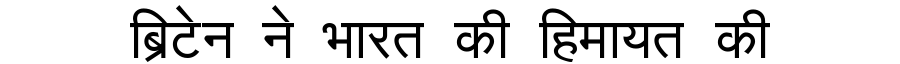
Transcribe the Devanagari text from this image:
ब्रिटेन ने भारत की हिमायत की